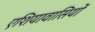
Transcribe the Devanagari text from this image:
एशियावासियों